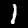
Label: 1